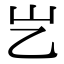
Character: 𡴯